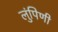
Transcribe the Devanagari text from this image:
लुंपिणी